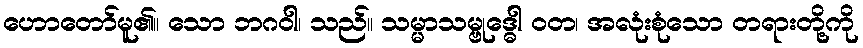
ဟောတော်မူ၏။ သော ဘဂဝါ၊ သည်။ သမ္မာသမ္ဗုဒ္ဓေါ ဝတ၊ အလုံးစုံသော တရားတို့ကို